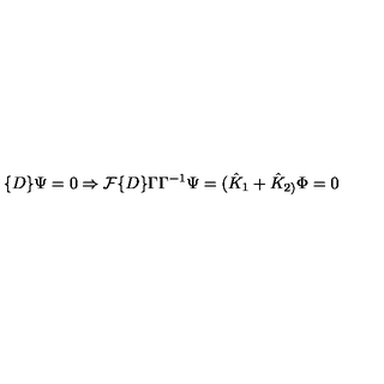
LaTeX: \{ D \} \Psi = 0 \Rightarrow { \cal F } \{ D \} \Gamma \Gamma ^ { - 1 } \Psi = ( \hat { K } _ { 1 } + \hat { K } _ { 2 ) } \Phi = 0